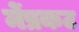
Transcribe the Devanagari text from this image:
मेंप्रकट